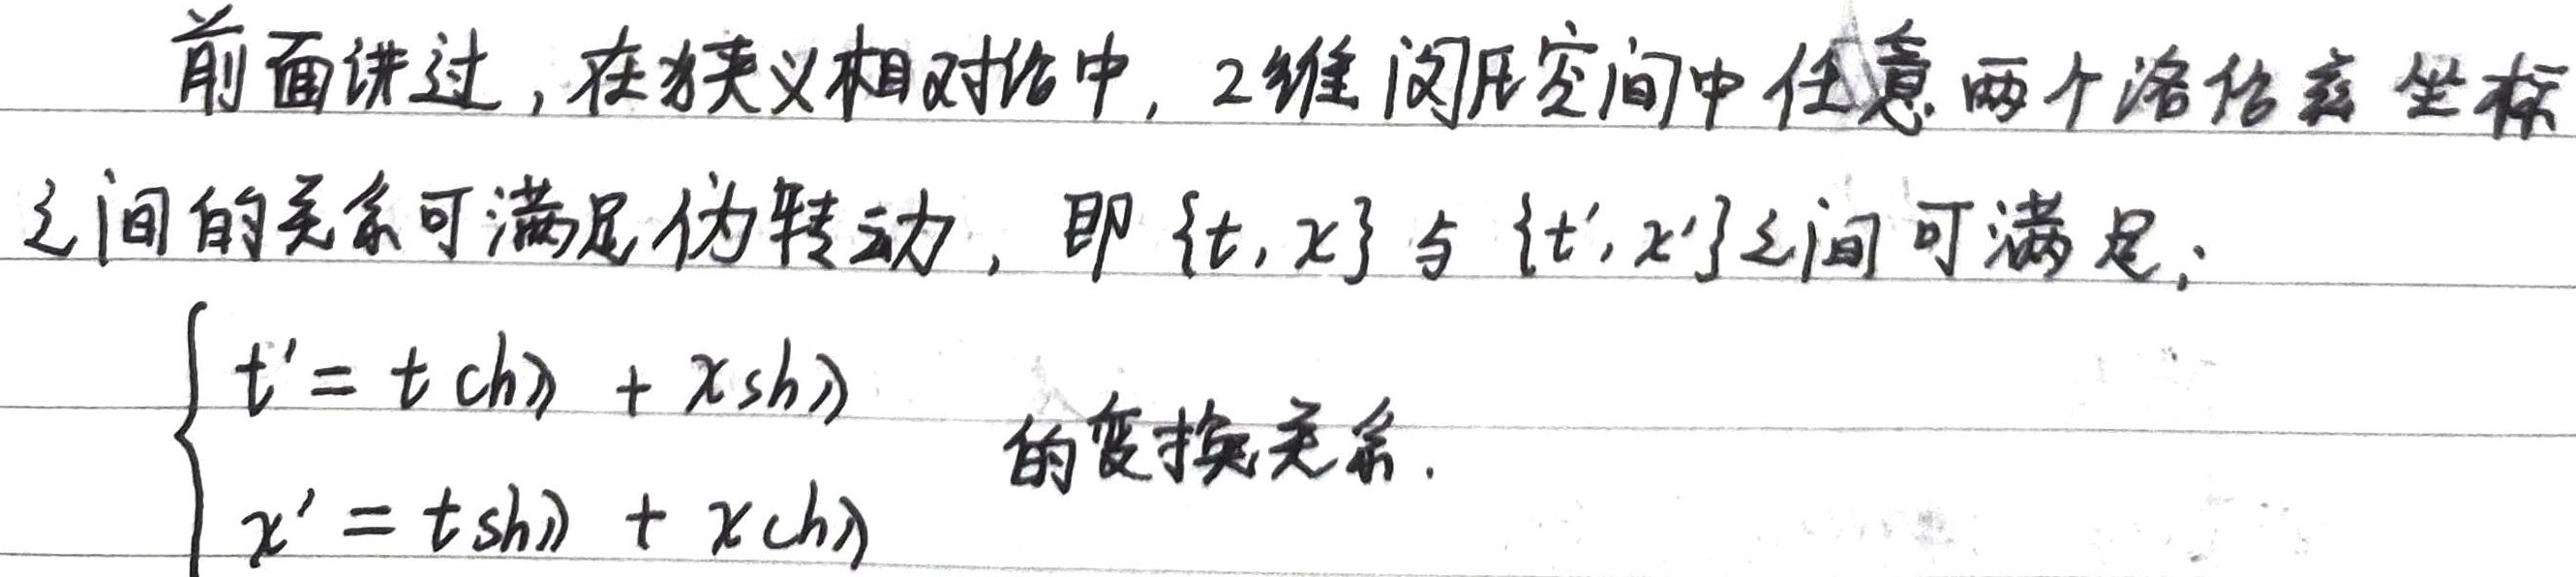
前面讲过，在狭义相对论中，2维闵氏空间中任意两个洛伦兹坐标之间的关系可满足伪转动，即 \((t, x)\) 与 \((t', x')\)之间可满足：
\[\begin{cases}
t' = t \mathrm{ch}\lambda+ x\mathrm{sh}\lambda\\
x' = t\mathrm{sh}\lambda + x\mathrm{ch}\lambda
\end{cases}\]
的变换关系。